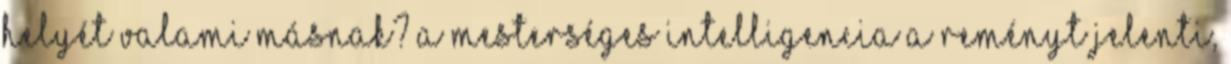
helyét valami másnak? A mesterséges intelligencia a reményt jelenti,